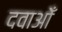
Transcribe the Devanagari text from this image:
दवाओँ